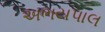
અભયપાલ